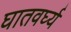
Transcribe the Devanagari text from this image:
घातवर्घ्य